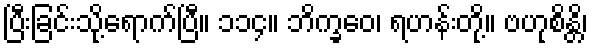
ပြီးခြင်းသို့ရောက်ပြီ။ ၁၁၄။ ဘိက္ခဝေ၊ ရဟန်းတို့။ ဗဟုစိန္တိ၊